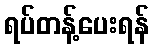
ရပ်တန့်ပေးရန်